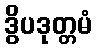
ဒွိပဒုတ္တမံ